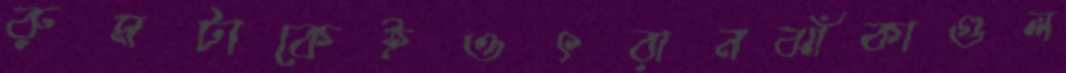
রুমটাকেইওৎরানঝাঁকাগুল